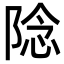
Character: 䧔